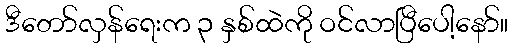
ဒီတော်လှန်ရေးက ၃ နှစ်ထဲကို ဝင်လာပြီပေါ့နော်။